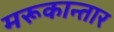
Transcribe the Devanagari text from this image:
मरूकान्तार